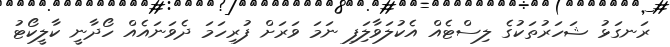
ރަނގަޅު ޝަހަރުތަކުގެ ލިސްޓެއް އެކުލަވާލަިފި ނަމަ ވަރަށް ފުރިހަމަ ދެވަނައެއް ހޯދާނީ ކާލީކޯޓު